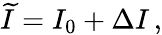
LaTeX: \widetilde{I}=I_{0}+\Delta I\, ,